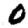
Digit: 0